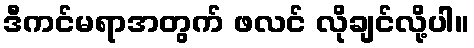
ဒီကင်မရာအတွက် ဖလင် လိုချင်လို့ပါ။